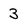
Character: 3